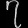
Digit: ၇